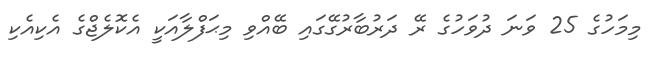
މިމަހުގެ 25 ވަނަ ދުވަހުގެ ރޭ ދަރުބާރުގޭގައި ބޭއްވި މިޙަފްލާއަކީ އެކޮލެޖްގެ އެކިއެކި